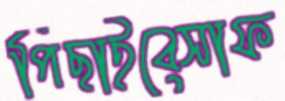
পিছাইবেসাফ